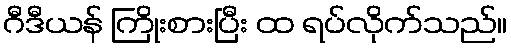
ဂီဒီယန် ကြိုးစားပြီး ထ ရပ်လိုက်သည်။